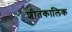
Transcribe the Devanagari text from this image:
शीतकालिक